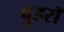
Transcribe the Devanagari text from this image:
वुडरॉ